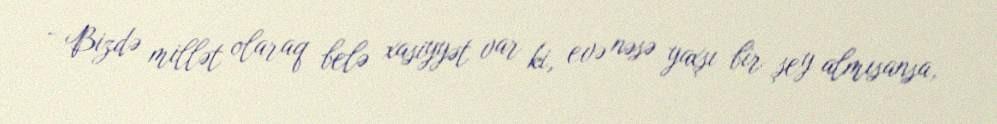
- Bizdə millət olaraq belə xasiyyət var ki, evə nəsə yaxşı bir şey almısansa,